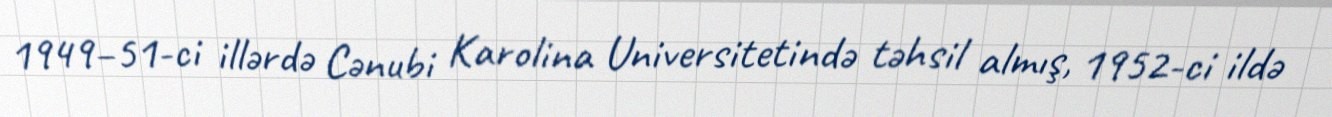
1949–51-ci illərdə Cənubi Karolina Universitetində təhsil almış, 1952-ci ildə